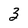
Character: 3